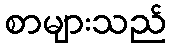
စာများသည်